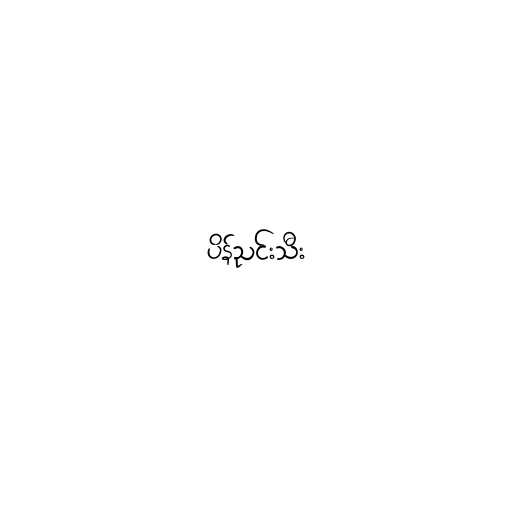
ပိန်ညင်းသီး